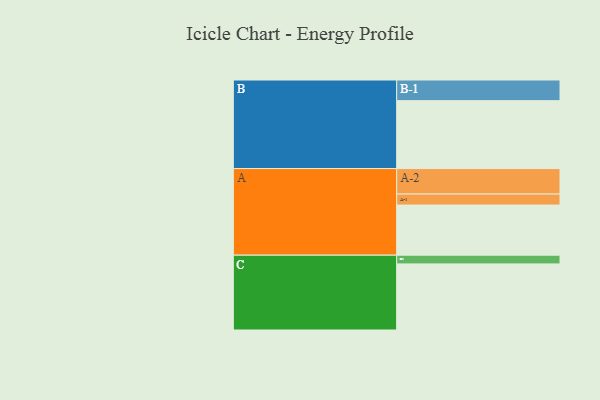
{"axis": {"x": "Segment", "y": "Value"}, "legend": ["", "A", "B", "C"], "data": [{"x": "A", "y": 437, "type": ""}, {"x": "B", "y": 592, "type": ""}, {"x": "C", "y": 576, "type": ""}, {"x": "A-1", "y": 96, "type": "A"}, {"x": "A-2", "y": 222, "type": "A"}, {"x": "B-1", "y": 180, "type": "B"}, {"x": "C-1", "y": 76, "type": "C"}]}